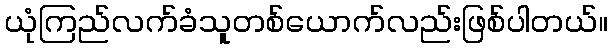
ယုံကြည်လက်ခံသူတစ်ယောက်လည်းဖြစ်ပါတယ်။